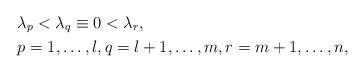
LaTeX: \begin{align*}&\lambda_p < \lambda_q \equiv 0 < \lambda_r, \\& p = 1, \dots, l, q = l+1, \dots, m, r = m+1, \dots, n,\end{align*}